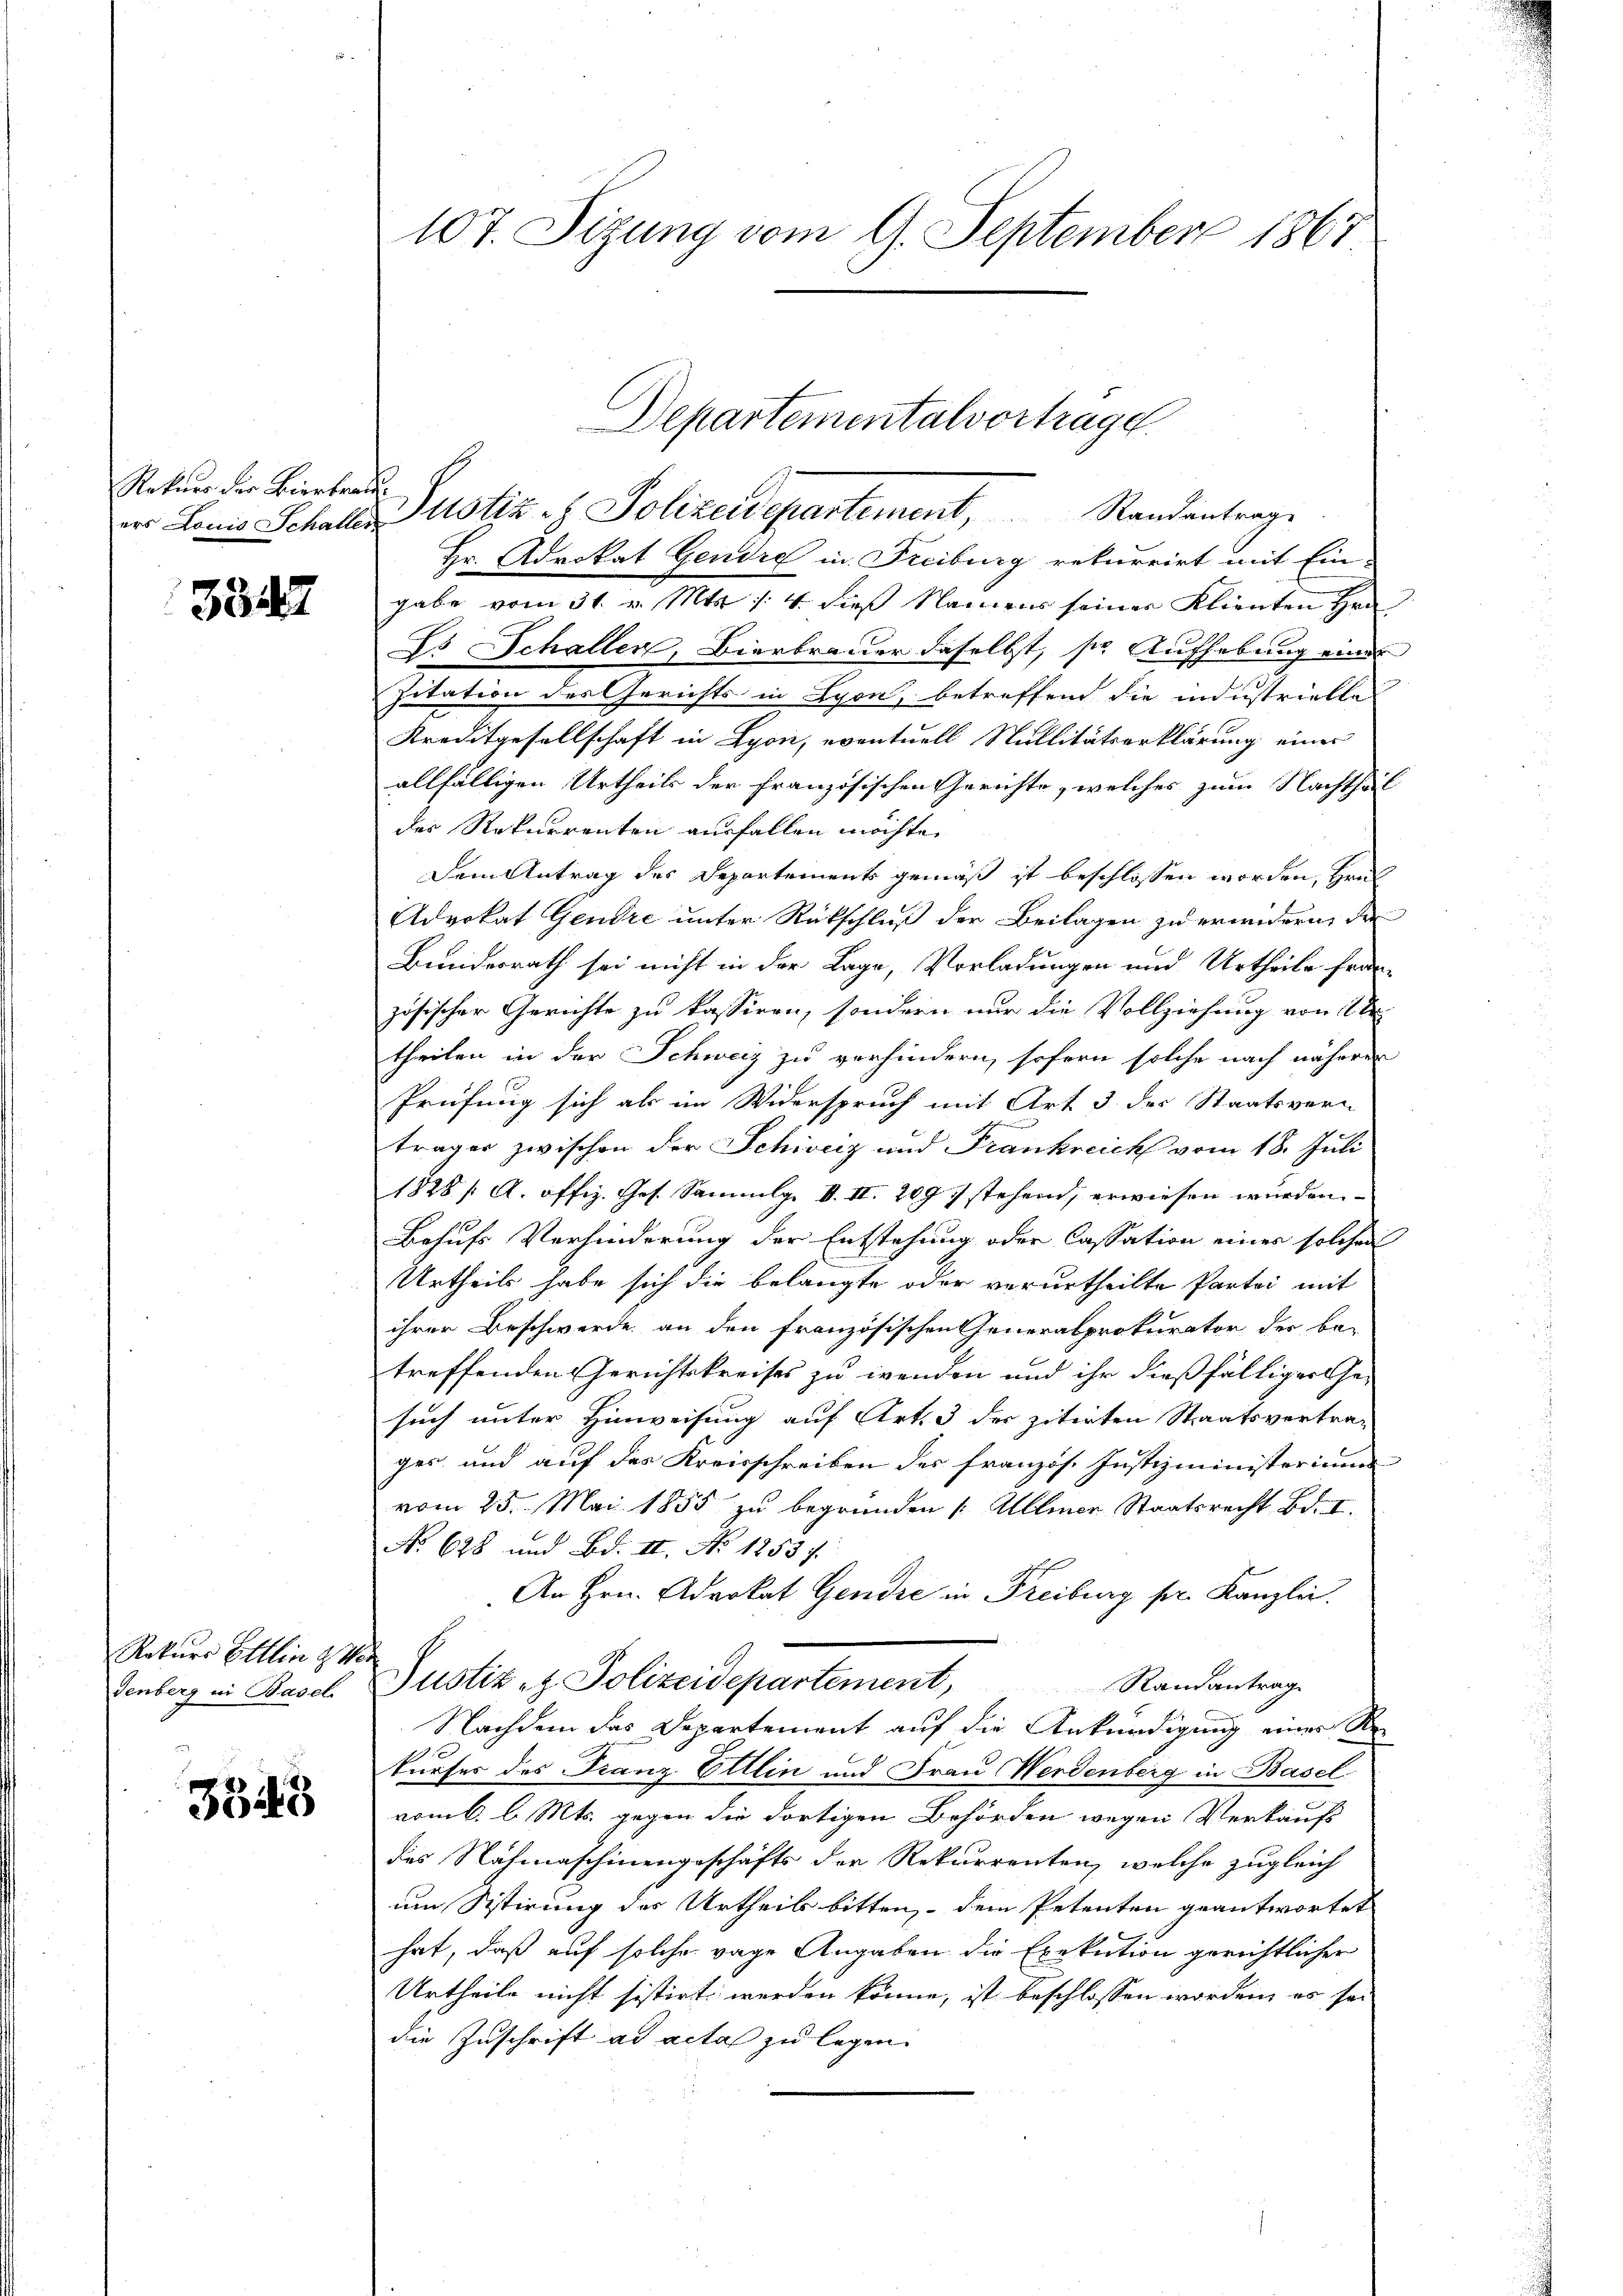
Rekurs der Bierbrau

3347

Rekurs Ettin & Wer
denberg in Basel

3343

107. Sizung vom 9. September 1867

r Lonis Schaller Justiz & Polizeidepartement, Randantrage
Hr. Advokat Gendre in Freiburg rekurrirt mit Ein-
gabe vom 31. v. Mts. /: 4 dieß Namens seiner Klienten Hrn
Es Schaller, Bierbrauer daselbst, sie Aufhebung einer
Zitation des Gerichts in Lyon, betreffend die industrielle
Kreditgesellschaft in Lyon, eventuell Nullitätserklärung einer
allfälligen Urtheils der französischen Gerichte, welches zum Nachthal
der Rekurrenten ausfallen möchte.
Dem Antrag des Departements gemäß ist beschlossen worden, Heul
Advokat Gendre unter Rückschluß der Beilagen zu erwidern, de
Bundesrath sei nicht in der Lage, Vorladungen und Urtheile französischer Gerichte zu kassiren, sondern nur die Vollziehung von 1
theilen in der Schweiz zu verhindern, sofern solche nach näheren
Prüfung sich als im Widerspruch mit Art 3 der Staatsvern
träger zwischen der Schivciz und Frankreich vom 18. Juli
1828 / A. offiz. Ges. Sammlg. V. II. 2097 stehend, erwiesen wurden.
Behufs Verhinderung der Entstehung oder Cassation eines solches
Urtheils habe sich die belangte oder verurtheilte Partei mit
ihrer Beschwerde an den französischen Generalprokurator der be-
treffenden Gerichtskreises zu wenden und ihr dießfälliger Ge-
such unter Hinweisung auf Art. 3 der zitirten Staatsvertra-
ger und auf das Kreisschreiben des französ. Justizministerium
vom 25. Mai 1855 zu begründen Allmer Staatsrecht Bd. I.
No 628 und Bd. II. No 1253 f.
An Hrn. Advokat Gendre in Freiburg pr. Kanzlei.
Justiz- & Polizeidepartement,
Randantrag
Nachdem das Departement auf die Ankundigung einer Rekurfes des Franz Ellin und Frau Werdenberg in Basel
vomb. l. Mts. gegen die dortigen Behörden wegen Verkaufs
des Nahmaschinengeschäfts der Rekurrenten, welche zugleich
um Sistirung des Urtheils bitten, – dem Petenten geantwortet
hat, daß auf solche vage Angaben die Exekution gerichtlicher
Urtheile nicht sistirt werden könne, ist beschlossen worden, es sei
die Zuschrift ad acta zu legen.

Departementalvertrage.